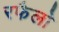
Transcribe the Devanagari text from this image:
रफैलो